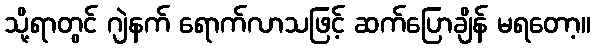
သို့ရာတွင် ဂျဲနက် ရောက်လာသဖြင့် ဆက်ပြောချိန် မရတော့။